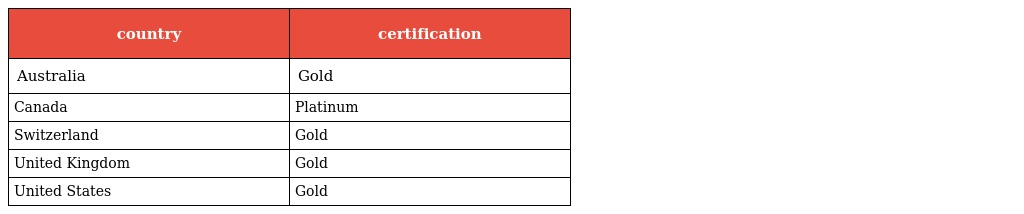
| country | certification |
 | --- | --- |
 | Australia | Gold |
 | Canada | Platinum |
 | Switzerland | Gold |
 | United Kingdom | Gold |
 | United States | Gold |